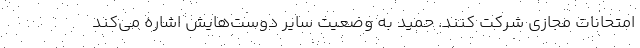
امتحانات مجازی شرکت کنند. حمید به وضعیت سایر دوست‌هایش اشاره می‌کند